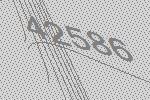
42586